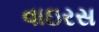
વાઇરસ